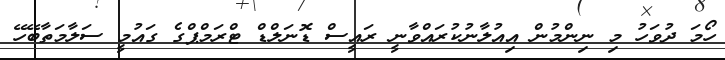
ހޯމަ ދުވަހު މި ނިންމުން އިއުލާނުކުރައްވާނީ ރައީސް ޑޮނަލްޑް ޓްރަމްޕްގެ ގައުމީ ސަލާމަތާބޭހޭ